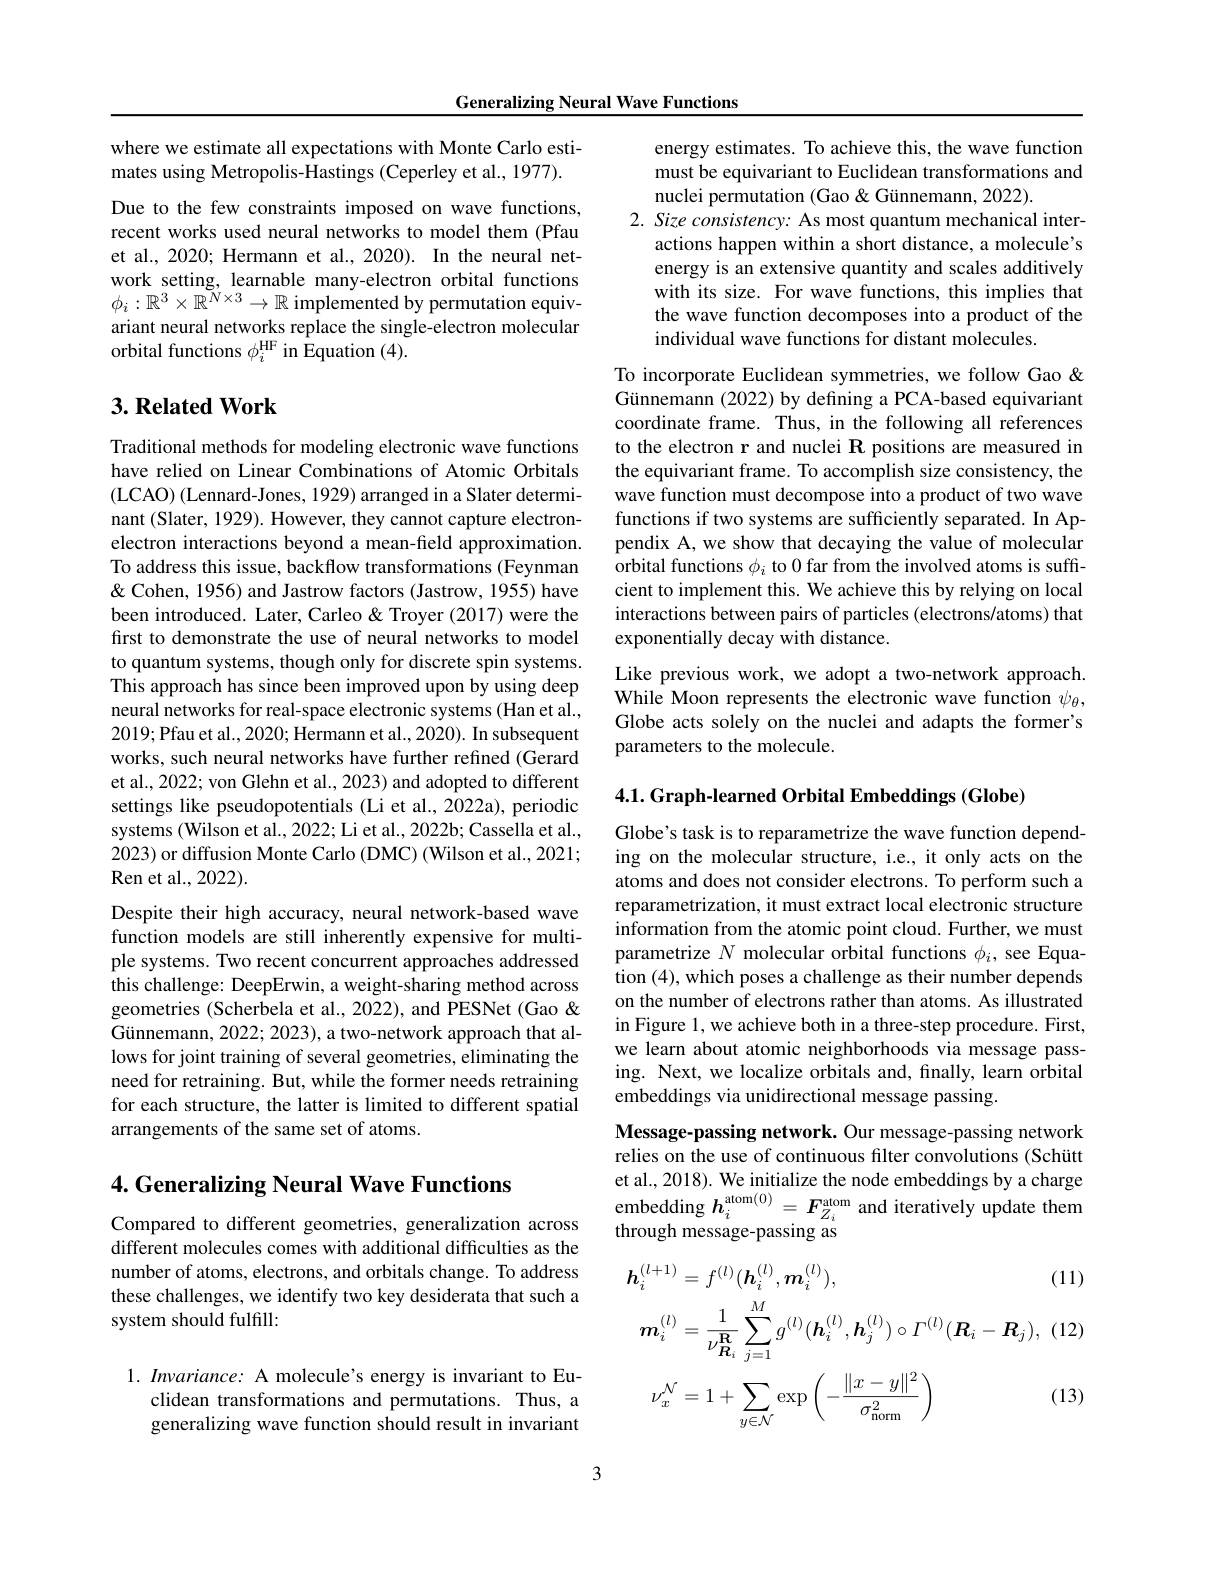
Generalizing Neural Wave Functions

where we estimate all expectations with Monte Carlo estimates using Metropolis-Hastings (Ceperley et al., 1977).

Due to the few constraints imposed on wave functions, recent works used neural networks to model them (Pfau et al., 2020; Hermann et al., 2020). In the neural network setting, learnable many-electron orbital functions $\phi_i:\mathbb{R}^3\times\mathbb{R}^{\breve{N}\times3}\to\mathbb{R}$ implemented by permutation equivariant neural networks replace the single-electron molecular orbital functions $\phi_i^\mathrm{HF}$ in Equation (4).

## $3. \textbf{Related Work}$

Traditional methods for modeling electronic wave functions have relied on Linear Combinations of Atomic Orbitals (LCAO) (Lennard-Jones, 1929) arranged in a Slater determinant (Slater, 1929). However, they cannot capture electronelectron interactions beyond a mean-field approximation. To address this issue, backflow transformations (Feynman & Q Cohen, 1956) and Jastrow factors (Jastrow, 1955) have been introduced. Later, Carleo & Troyer (2017) were the first to demonstrate the use of neural networks to model to quantum systems, though only for discrete spin systems. This approach has since been improved upon by using deep neural networks for real-space electronic systems (Han et al., 2019;Pfau et al., 2020; Hermann et al., 2020). In subsequent works, such neural networks have further refined (Gerard et al., 2022; von Glehn et al., 2023) and adopted to different settings like pseudopotentials (Li et al., 2022a), periodic systems (Wilson et al., 2022; Li et al., 2022b; Cassella et al., 2023) or diffusion Monte Carlo (DMC) (Wilson et al., 2021; Ren et al. , 2022) .
Despite their high accuracy, neural network-based wave function models are still inherently expensive for multiple systems. Two recent concurrent approaches addressed this challenge: DeepErwin, a weight-sharing method across geometries (Scherbela et al., 2022), and PESNet (Gao & Günnemann, 2022; 2023), a two-network approach that allows for joint training of several geometries, eliminating the need for retraining. But, while the former needs retraining for each structure, the latter is limited to different spatial arrangements of the same set of atoms.

4. Generalizing Neural Wave Functions

Compared to different geometries, generalization across different molecules comes with additional difficulties as the number of atoms, electrons, and orbitals change. To address these challenges, we identify two key desiderata that such a system should fulfill:

$1. \textit{ Invariance: A molecule' s energy is invariant to Eu- }$
clidean transformations and permutations. Thus, a generalizing wave function should result in invariant

3

energy estimates. To achieve this, the wave function must be equivariant to Euclidean transformations and nuclei permutation (Gao & Günnemann, 2022).
$2. Size\textit{ consistency: As most quantum mechanical inter- }$
actions happen within a short distance, a molecule's energy is an extensive quantity and scales additively with its size. For wave functions, this implies that the wave function decomposes into a product of the individual wave functions for distant molecules.

To incorporate Euclidean symmetries, we follow Gao & Günnemann (2022) by defining a PCA-based equivariant coordinate frame. Thus, in the following all references to the electron r and nuclei R positions are measured in the equivariant frame. To accomplish size consistency, the wave function must decompose into a product of two wave functions if two systems are sufficiently separated. In Appendix A, we show that decaying the value of molecular orbital functions $\phi_i$ to 0 far from the involved atoms is sufficient to implement this. We achieve this by relying on local interactions between pairs of particles (electrons/atoms) that exponentially decay with distance.
Like previous work, we adopt a two-network approach.

While Moon represents the electronic wave function $\psi_\theta$, Globe acts solely on the nuclei and adapts the former's parameters to the molecule.

4.1. Graph-learned Orbital Embeddings (Globe)

Globe's task is to reparametrize the wave function depending on the molecular structure, i.e., it only acts on the atoms and does not consider electrons. To perform such a reparametrization, it must extract local electronic structure information from the atomic point cloud. Further, we must parametrize $N$ molecular orbital functions $\phi_i$, see Equation (4), which poses a challenge as their number depends on the number of electrons rather than atoms. As illustrated in Figure 1, we achieve both in a three-step procedure. First, we learn about atomic neighborhoods via message passing. Next, we localize orbitals and, finally, learn orbital embeddings via unidirectional message passing.

Message-passing network. Our message-passing network relies on the use of continuous filter convolutions (Schütt et al., 2018). We initialize the node embeddings by a charge embedding $h_i^{\mathrm{atom}(0)}=F_{Z_i}^{\mathrm{atom}}$ and iteratively update them through message-passing as

(11)
$$\begin{aligned}&\boldsymbol{h}_{i}^{(l+1)}=f^{(l)}(\boldsymbol{h}_{i}^{(l)},\boldsymbol{m}_{i}^{(l)}),\\&\boldsymbol{m}_{i}^{(l)}=\frac{1}{\nu_{\boldsymbol{R}_{i}}^{\mathbf{R}}}\sum_{j=1}^{M}g^{(l)}(\boldsymbol{h}_{i}^{(l)},\boldsymbol{h}_{j}^{(l)})\circ\Gamma^{(l)}(\boldsymbol{R}_{i}-\boldsymbol{R}_{j}),\\&\nu_{x}^{\mathcal{N}}=1+\sum_{y\in\mathcal{N}}\exp\left(-\frac{\|x-y\|^{2}}{\sigma_{\mathrm{norm}}^{2}}\right)\end{aligned}$$
(13)